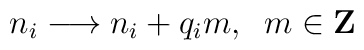
n_{i}\longrightarrow n_{i}+q_{i}m,\;\;m\in{\bf Z}